Lunatic asylums Central Provinces reports 1874-1885 - 1874-1885
Year: 1874
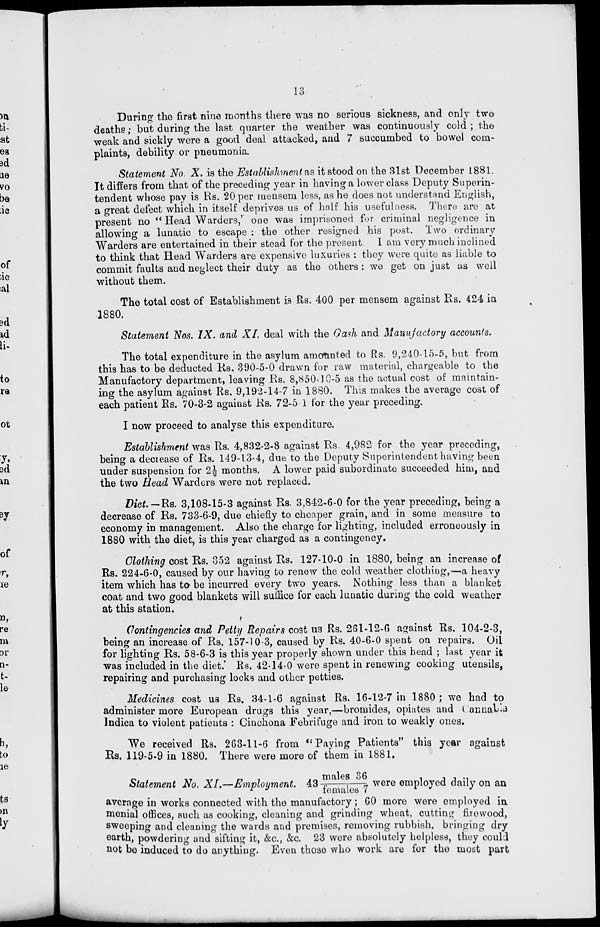
13
During the first nine months there was no serious sickness, and only two
deaths; but during the last quarter the weather was continuously cold; the
weak and sickly were a good deal attacked, and 7 succumbed to bowel com-
plaints, debility or pneumonia.
Statement No. X. is the Establishment as it stood on the 31st December 1881.
It differs from that of the preceding year in having a lower class Deputy Superin-
tendent whose pay is Rs. 20 per mensem less, as he does not; understand English,
a great defect which in itself deprives us of half his usefulness. There are at
present no " Head Warders," one was imprisoned for criminal negligence in
allowing a lunatic to escape : the other resigned his post. Two ordinary
Warders are entertained in their stead for the present. I am very much inclined
to think that Head Warders are expensive luxuries : they were quite as liable to
commit faults and neglect their duty as the others : we get on just as well
without them.
The total cost of Establishment is Rs. 400 per mensem against Rs. 424 in
1880.
Statement Nos. IX. and XI. deal with the Cash and Manufactory accounts.
The total expenditure in the asylum amounted to Rs. 9,240-15-5, but from
this has to be deducted Rs. 390-5-0 drawn for raw material, chargeable to the
Manufactory department, leaving Rs. 8,850-10-5 as the actual cost of maintain-
ing the asylum against Rs. 9,192-14-7 in 1880. This makes the average cost of
each patient Rs. 70-3-2 against Rs. 72-5 1 for the year preceding.
I now proceed to analyse this expenditure.
Establishment was Rs. 4,832-2-8 against Rs. 4,982 for the year preceding,
being a decrease of Rs. 149-13-4, due to the Deputy Superintendent having been
under suspension for 2½ months. A lower paid subordinate succeeded him, and
the two Head Warders were not replaced.
Diet.— Rs. 3,108-15-3 against Rs. 3,842-6-0 for the year preceding, being a
decrease of Rs. 733-6-9, due chiefly to cheaper grain, and in some measure to
economy in management. Also the charge for lighting, included erroneously in
1880 with the diet, is this year charged as a contingency.
Clothing cost Rs. 352 against Rs. 127-10-0 in 1880, being an increase of
Rs. 224-6-0, caused by our having to renew the cold weather clothing,—a heavy
item which has to be incurred every two years. Nothing less than a blanket
coat and two good blankets will suffice for each lunatic during the cold weather
at this station.
Contingencies and Petty Repairs cost us Rs. 261-12-6 against Rs. 104-2-3,
being an increase of Rs. 157-10-3, caused by Rs. 40-6-0 spent on repairs. Oil
for lighting Rs. 58-6-3 is this year properly shown under this head ; last year it
was included in the diet. Rs. 42-14-0 were spent in renewing cooking utensils,
repairing and purchasing locks and other petties.
Medicines cost us Rs. 34-1-6 against Rs. 16-12-7 in 1880; we had to
administer more European drugs this year,—bromides, opiates and Cannabis
Indica to violent patients : Cinchona Febrifuge and iron to weakly ones.
We received Rs. 263-11-6 from " Paying Patients" this year against
Rs. 119-5-9 in 1880. There were more of them in 1881.
Statement No. XI.—Employment.
43 males 36/females 7 were employed daily on an
average in works connected with the manufactory ; 60 more were employed in
menial offices, such as cooking, cleaning and grinding wheat, cutting firewood,
sweeping and cleaning the wards and premises, removing rubbish, bringing dry
earth, powdering and sifting it, &c., &c. 23 were absolutely helpless, they could
not be induced to do anything. Even those who work are for the most part